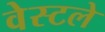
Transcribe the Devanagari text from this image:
वेस्टले